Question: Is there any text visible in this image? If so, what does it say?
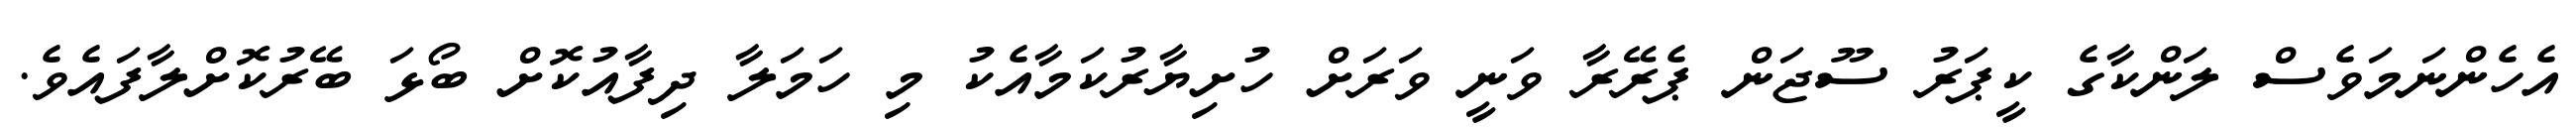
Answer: އެހެންނަމަވެސް ލަންކާގެ ކީޕަރު ސޫޖަން ޕެރޭރާ ވަނީ ވަރަށް ހުށިޔާރުކަމާއެކު މި ހަމަލާ ދިފާއުކޮށް ބޯޅަ ބޭރުކޮށްލާފައެވެ.